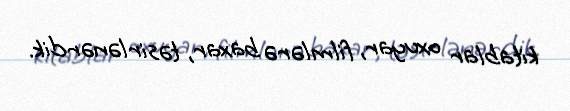
kitablar oxuyar, filmlərə baxar, təsirlənərdik.